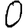
Digit: 0